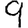
Digit: 9